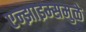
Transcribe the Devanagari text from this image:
एन्झाइम्समुळे